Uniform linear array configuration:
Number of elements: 48
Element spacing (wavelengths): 0.5
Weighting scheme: kaiser
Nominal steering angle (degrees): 30
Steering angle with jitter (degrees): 29.483
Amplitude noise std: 0.05
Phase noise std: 0.05

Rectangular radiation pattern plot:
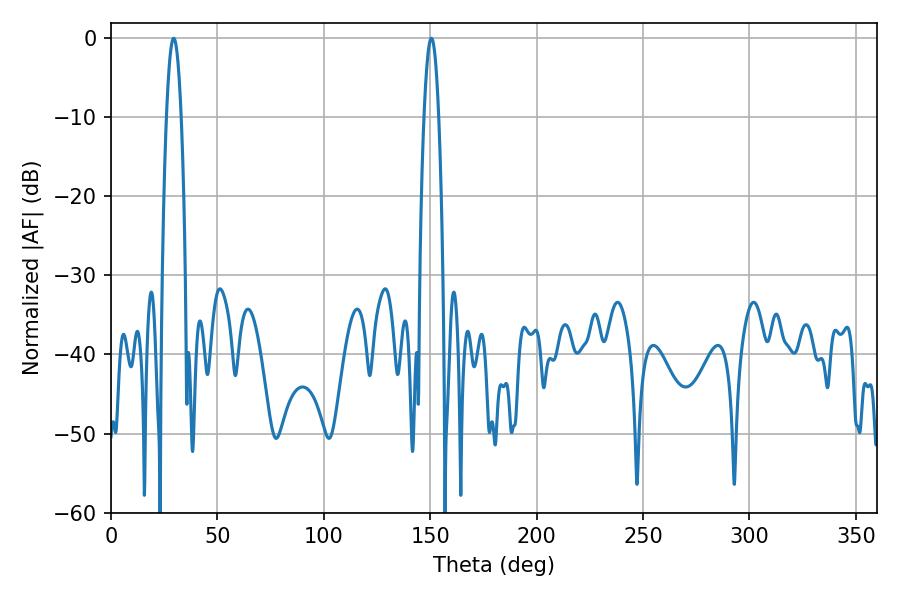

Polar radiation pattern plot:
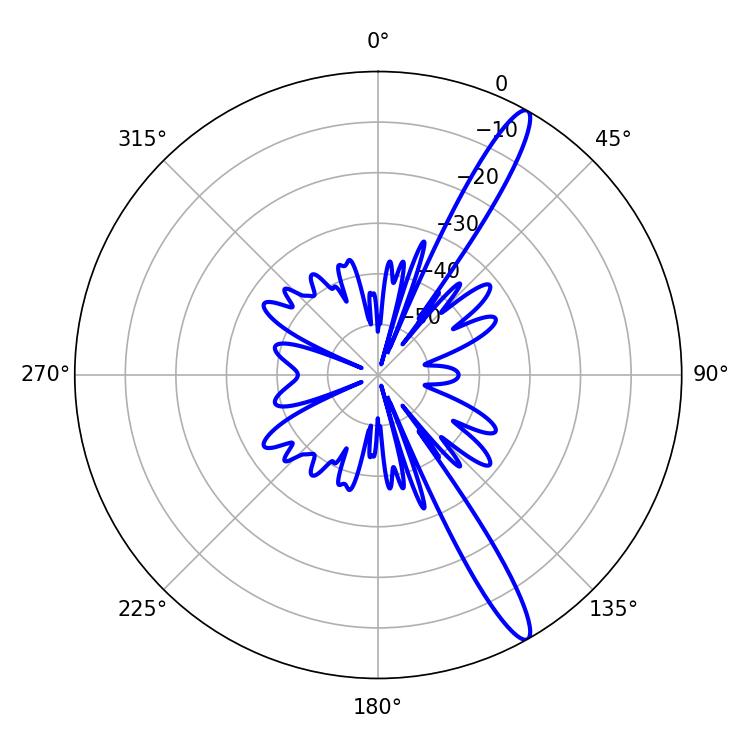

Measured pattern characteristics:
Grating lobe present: FALSE
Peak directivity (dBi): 14.506
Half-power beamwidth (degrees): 3.78
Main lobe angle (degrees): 150.48